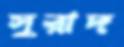
সুরাদ